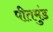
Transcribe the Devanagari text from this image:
पीतमुंड